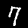
Label: 7